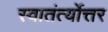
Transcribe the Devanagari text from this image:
स्वातंर्त्योत्तर